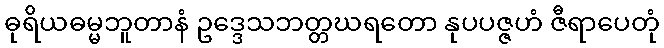
ဓုရိယဓမ္မဘူတာနံ ဥဒ္ဒေသဘတ္တဃရတော နုပပဇ္ဇဟံ ဇီရာပေတုံ